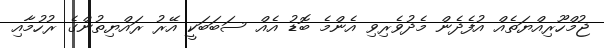
ޖުމްހޫރިއްޔަތެއް އުފެދެން މެދުވެރިވި އެންމެ ބޮޑު އެއް ސަބަބަކީ އޭރު ރައްޔިތުންގެ ރުހުމާއި